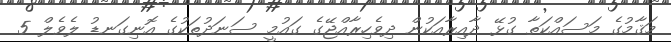
މަޤާމުގެ މަސައްކަތާ ގުޅޭ ދާއިރާއަކުން ދިވެހިރާއްޖޭގެ ގައުމީ ސަނަދުތަކުގެ އޮނިގަނޑު ލެވެލް 5